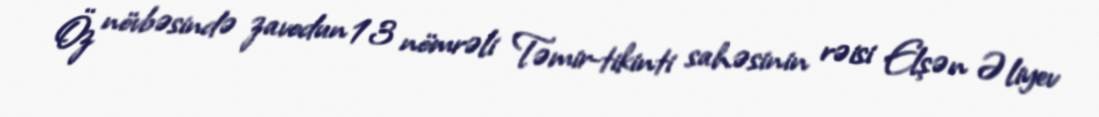
Öz növbəsində zavodun 13 nömrəli Təmir-tikinti sahəsinin rəisi Elşən Əliyev